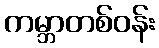
ကမ္ဘာတစ်ဝန်း